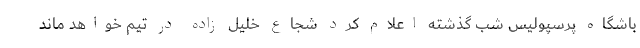
باشگاه پرسپولیس شب گذشته اعلام کرد شجاع خلیل زاده در تیم خواهد ماند